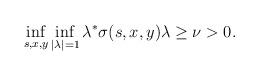
LaTeX: \begin{align*}\inf\limits_{s,x,y}\inf\limits_{|\lambda|=1}\lambda^*\sigma(s,x,y)\lambda\ge \nu >0.\end{align*}